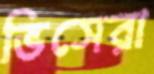
ভিসেরা